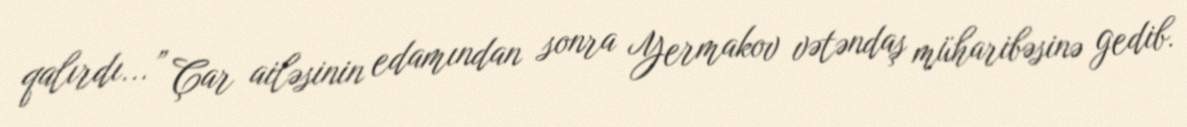
qalırdı...” Çar ailəsinin edamından sonra Yermakov vətəndaş müharibəsinə gedib.